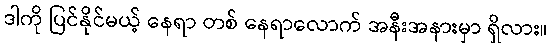
ဒါကို ပြင်နိုင်မယ့် နေရာ တစ် နေရာလောက် အနီးအနားမှာ ရှိလား။